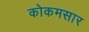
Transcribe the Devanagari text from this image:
कोकमसार